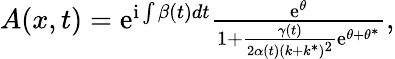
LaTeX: \begin{array}{r}{A(x,t)=\mathrm{{e}}^{\mathrm{{i}}\int\beta(t)dt}\frac{\mathrm{{e}}^{\theta}}{1+\frac{\gamma(t)}{2\alpha(t)(k+k^{\ast})^{2}}\mathrm{{e}}^{\theta+\theta^{\ast}}},}\end{array}